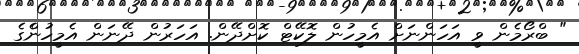
" ބްރޯމެން ވީ އަހަންނަށް އެމީހުން ލޮކޭޓް ކޮށްދޭން. އަހަރުން ދޭނަން އެމީހުންެގެ